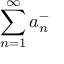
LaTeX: \sum _ { n = 1 } ^ { \infty } a _ { n } ^ { - }